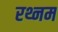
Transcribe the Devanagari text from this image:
रथ्नम